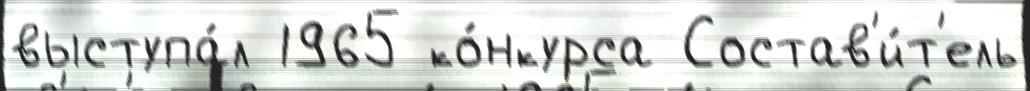
выступа́л 1965 ко́нкурса Состав'и́т'ель